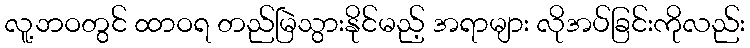
လူ့ဘဝတွင် ထာဝရ တည်မြဲသွားနိုင်မည့် အရာများ လိုအပ်ခြင်းကိုလည်း